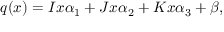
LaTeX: q ( x ) = I x \alpha _ { 1 } + J x \alpha _ { 2 } + K x \alpha _ { 3 } + \beta ,